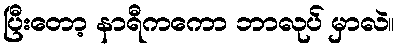
ပြီးတော့ နာရီကကော ဘာလုပ် မှာလဲ။